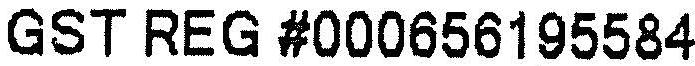
GST REG #000656195584